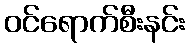
ဝင်ရောက်စီးနင်း